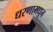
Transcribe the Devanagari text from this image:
धरणामधून